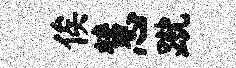
俟慧蹴